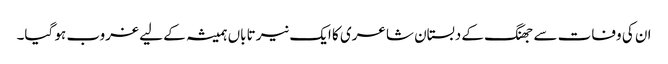
ان کی وفات سے جھنگ کے دبستان شاعری کا ایک نیر تاباں ہمیشہ کے لیے غروب ہو گیا۔